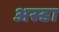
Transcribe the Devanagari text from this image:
अस्डा